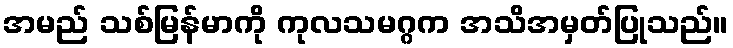
အမည် သစ်မြန်မာကို ကုလသမဂ္ဂက အသိအမှတ်ပြုသည်။